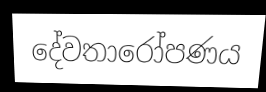
දේවතාරෝපණය